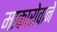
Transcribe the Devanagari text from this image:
माकारोवाने